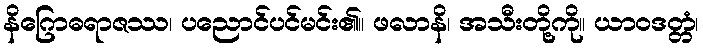
နိဂြောဓရာဇဿ၊ ပညောင်ပင်မင်း၏။ ဖလာနိ၊ အသီးတို့ကို။ ယာဝဒတ္တံ၊